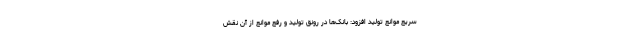
سریع موانع تولید افزود: بانک‌ها در رونق تولید و رفع موانع از آن نقش